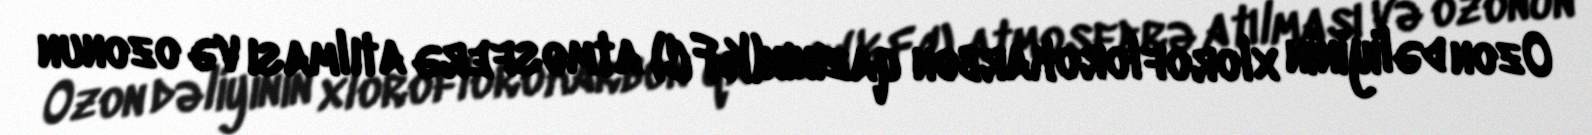
Ozon dəliyinin xloroflorokarbon qazının(KFC) atmosferə atılması və ozonun